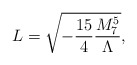
\begin{align*}L= \sqrt{ - \frac{15}{4}\frac{M_{7}^5}{\Lambda}},\end{align*}